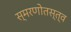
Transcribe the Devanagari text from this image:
स्मरणोतस्त्व